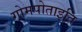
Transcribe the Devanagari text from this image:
गोमपोताइति